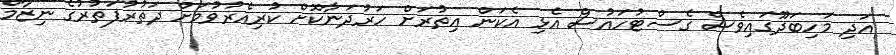
އަދި މަހިބަދޫގައިވެސް ގެސްޓުހައުސް އެޅި އެކަން އިތުރަށް ހަރުދަނާކޮށް ކުރިއެރުވުމަށް ދަތުރުފަތުރުގެ ނިޒާމް